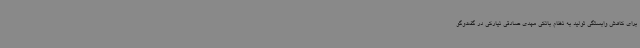
برای کاهش وابستگی تولید به نظام بانکی مهدی صادقی نیارکی در گفت‌وگو